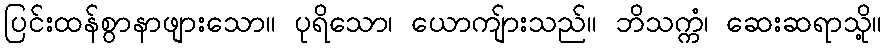
ပြင်းထန်စွာနာဖျားသော။ ပုရိသော၊ ယောကျ်ားသည်။ ဘိသက္ကံ၊ ဆေးဆရာသို့။